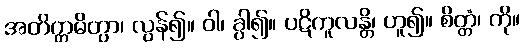
အတိက္ကမိတွာ၊ လွန်၍။ ဝါ၊ ခွါ၍။ ပဋိကူလန္တိ၊ ဟူ၍။ စိတ္တံ၊ ကို။